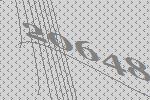
20648